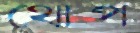
থোপ